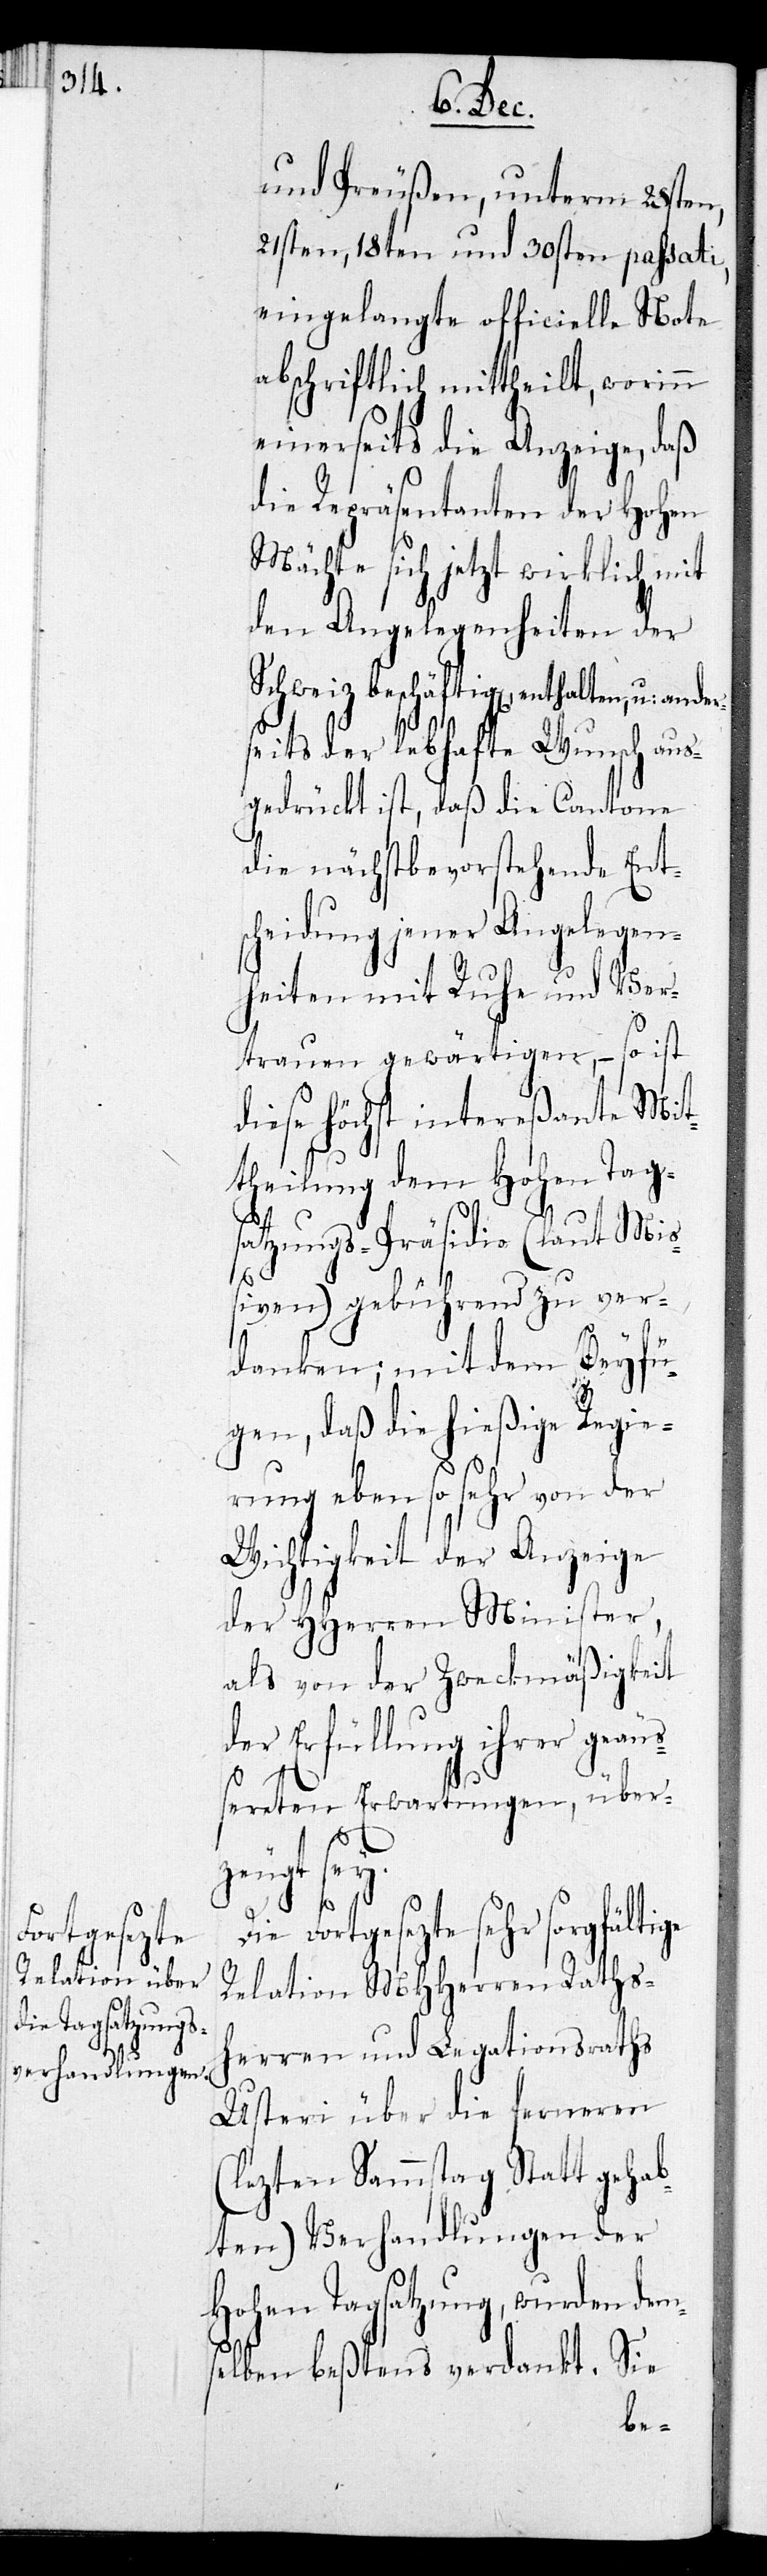
und anders¬

und Preußen, unterm 28sten,
21sten, 18ten und 30sten passati,
eingelangte officielle Note
abschriftlich mittheilt, worinn
einerseits die Anzeige, daß
die Repräsentanten der Hohen
Mächte sich jetzt wirklich mit
den Angelegenheiten der
Schweiz beschäftigen, enthalten,
eits der lebhafte Wunsch aus¬
gedrückt ist, daß die Cantone
die nächstbevorstehende Ents¬
cheidung jener Angelegen¬
heiten mit Ruhe und Ver¬
trauen gewärtigen, – so ist
diese höchst intereßante Mit¬
theilung dem Hohen Tag¬
satzungs-Präsidio (laut Mi¬
ßiven) gebührend zu ver¬
danken; mit dem Beyfü¬
gen, daß die hießige Regie¬
rung eben so sehr von der
Wichtigkeit der Anzeige
der HHerren Minister,
als von der Zweckmäßigkeit
der Erfüllung ihrer geäu¬
ßereten Erwartungen, überze¬
ugt sey.
fortgesezte sehr sorgfältige
Relation MHHerren Raths¬
herren und Legationsraths
Usteri über die ferneren
(lezten Sammstag Statt gehab¬
ten) Verhandlungen der
Hohen Tagsatzung, wurden dem¬
selben beßtens verdankt. Sie